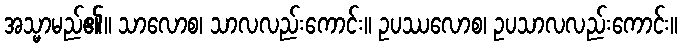
အသ္မာမည်၏။ သာလောစ၊ သာလလည်းကောင်း။ ဥပဿလောစ၊ ဥပသာလလည်းကောင်း။